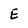
Character: E